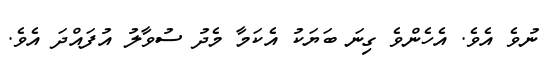
ނުވެ އެވެ. އެހެންވެ ގިނަ ބަޔަކު އެކަމާ މެދު ސުވާލު އުފައްދަ އެވެ.